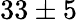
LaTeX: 33\pm 5